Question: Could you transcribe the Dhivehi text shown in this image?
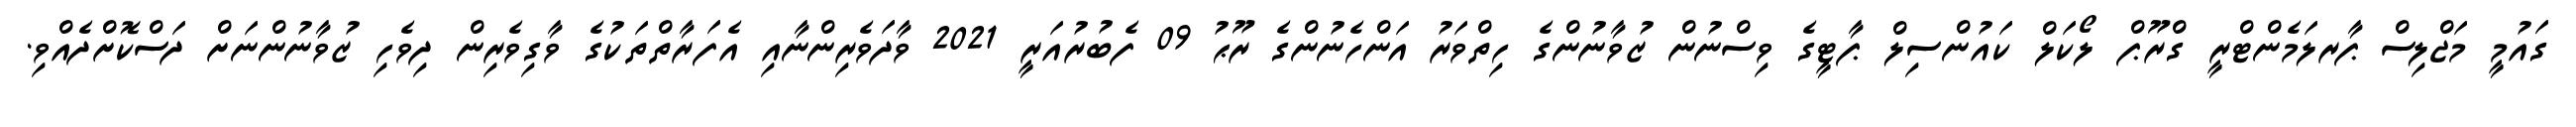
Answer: ގައުމީ މަޖްލިސް ޕާރލަމެންޓްރީ ގްރޫޕް ލޯކަލް ކައުންސިލް ޕާޓީގެ ވިސްނުން ޒުވާނުންގެ ހިތްވަރު އަންހެނުންގެ ރޫޙު 09 ފެބުރުއަރީ 2021 ވާދަވެރިންނާއި އެފަރާތްތަކުގެ ވާގިވެރިން ދިވެހި ޒުވާނުންނަށް ދަސްކޮށްދެއްވި.